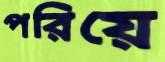
পরিয়ে